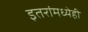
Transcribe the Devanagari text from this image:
इतरांमध्येही